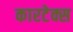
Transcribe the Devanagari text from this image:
कारटेक्स